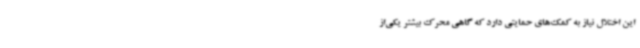
این اختلال نیاز به کمک‌های حمایتی دارد که گاهی محرک بیشتر یکی‌از